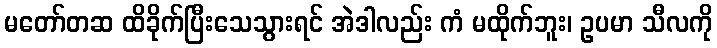
မတော်တဆ ထိခိုက်ပြီးသေသွားရင် အဲဒါလည်း ကံ မထိုက်ဘူး၊ ဥပမာ သီလကို